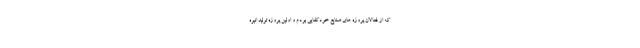
که از فعالان پروژه های صنایع خودکفایی بودم و اولین پروژه تولید انبوه